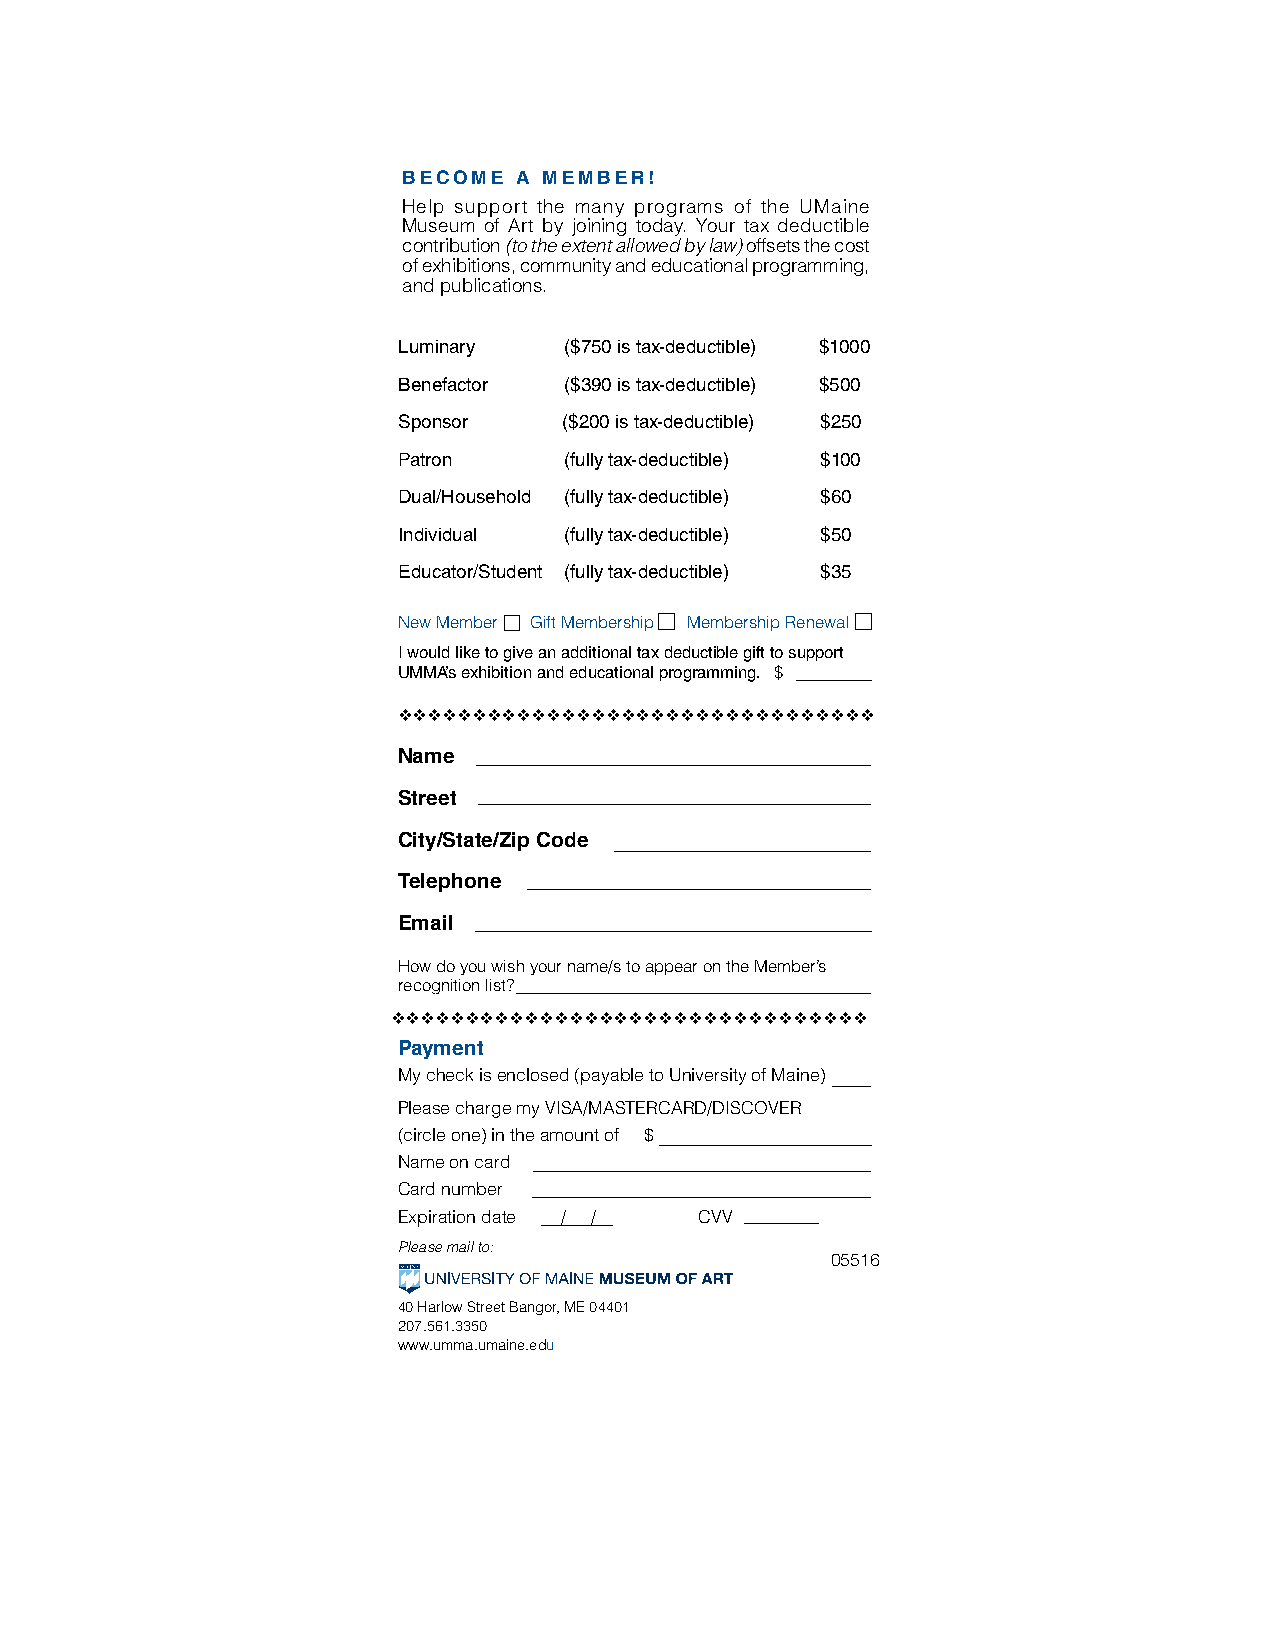
BECOME A MEMBER!
 Help support the many programs of the UMaine
 Museum of Art by joining today. Your tax deductible
 contribution (to the extent allowed by law) offsets the cost
 of exhibitions, community and educational programming,
 and publications.
 Luminary   ($750 is tax-deductible) $1000
 Benefactor ($390 is tax-deductible) $500
 Sponsor    ($200 is tax-deductible) $250
 Patron     (fully tax-deductible) $100
 Dual/Household (fully tax-deductible) $60
 Individual (fully tax-deductible) $50
 Educator/Student (fully tax-deductible) $35
 New Member Gift Membership Membership Renewal
 I would like to give an additional tax deductible gift to support
 UMMA’s exhibition and educational programming. $
 vvvvvvvvvvvvvvvvvvvvvvvvvvvvvvvv
 Name
 Street
 City/State/Zip Code
 Telephone
 Email
 How do you wish your name/s to appear on the Member’s
 recognition list?
 vvvvvvvvvvvvvvvvvvvvvvvvvvvvvvvv
 Payment
 My check is enclosed (payable to University of Maine)
 Please charge my VISA/MASTERCARD/DISCOVER
 (circle one) in the amount of $
 Name on card
 Card number
 Expiration date / / CVV
 Please mail to:
 05516
 40 Harlow Street Bangor, ME 04401
 207.561.3350
 www.umma.umaine.edu